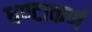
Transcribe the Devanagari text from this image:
घण्टाकर्ण